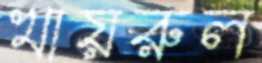
খায়রুল